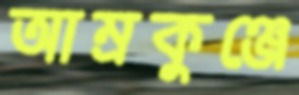
আম্রকুঞ্জে